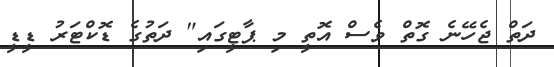
ދަތް ޖެހޭނެ ގޮތް ވެސް އޮތީ މި ޕާޓީގައި" ދަތުގެ ޑޮކްޓަރު ޑީޑީ